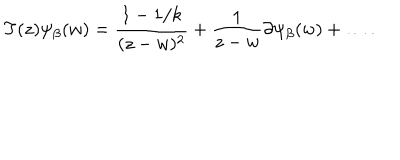
T ( z ) \psi _ { \beta } ( w ) = \frac { 1 - 1 / k } { ( z - w ) ^ { 2 } } + \frac { 1 } { z - w } \partial \psi _ { \beta } ( w ) + \ldots .